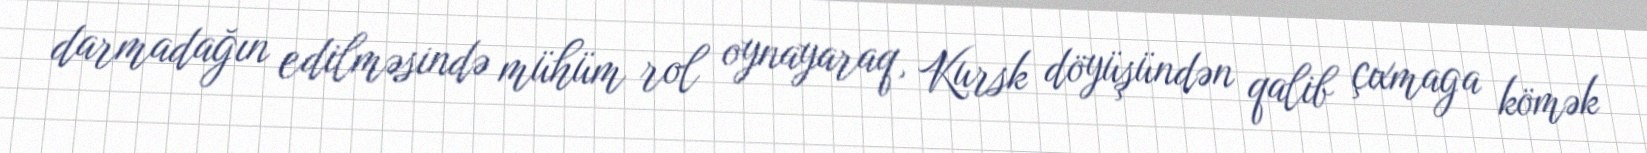
darmadağın edilməsində mühüm rol oynayaraq, Kursk döyüşündən qalib çıxmaga kömək